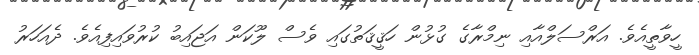
ހީވާތީއެވެ. އަރްސަލްއާއި ނިމްރާގެ ގުޅުން ހަޤީޤަތުގައި ވެސް ލޫކަން އަޖައިބު ކުރުވައިފިއެވެ. ދެއަހަރު